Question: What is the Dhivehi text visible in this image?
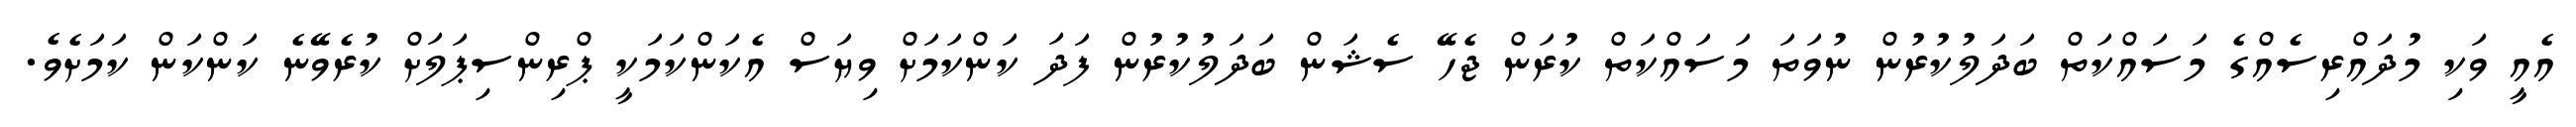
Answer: އެއީ ވަކި މުދައްރިސެއްގެ މަސައްކަތް ބަދަލުކުރުން ނުވަތަ މަސައްކަތް ކުރަން ޖެހޭ ސެޝަން ބަދަލުކުރުން ފަދަ ކަންކަމަށް ވިޔަސް އެކަންކަމަކީ ޕްރިންސިޕަލަށް ކުރެވޭނެ ކަންކަން ކަމަށެވެ.